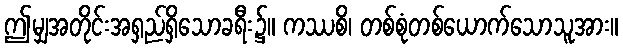
ဤမျှအတိုင်းအရှည်ရှိသောခရီး၌။ ကဿစိ၊ တစ်စုံတစ်ယောက်သောသူအား။